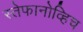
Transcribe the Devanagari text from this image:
स्तेफानोव्हिच